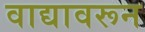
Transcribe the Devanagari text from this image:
वाद्यावरून